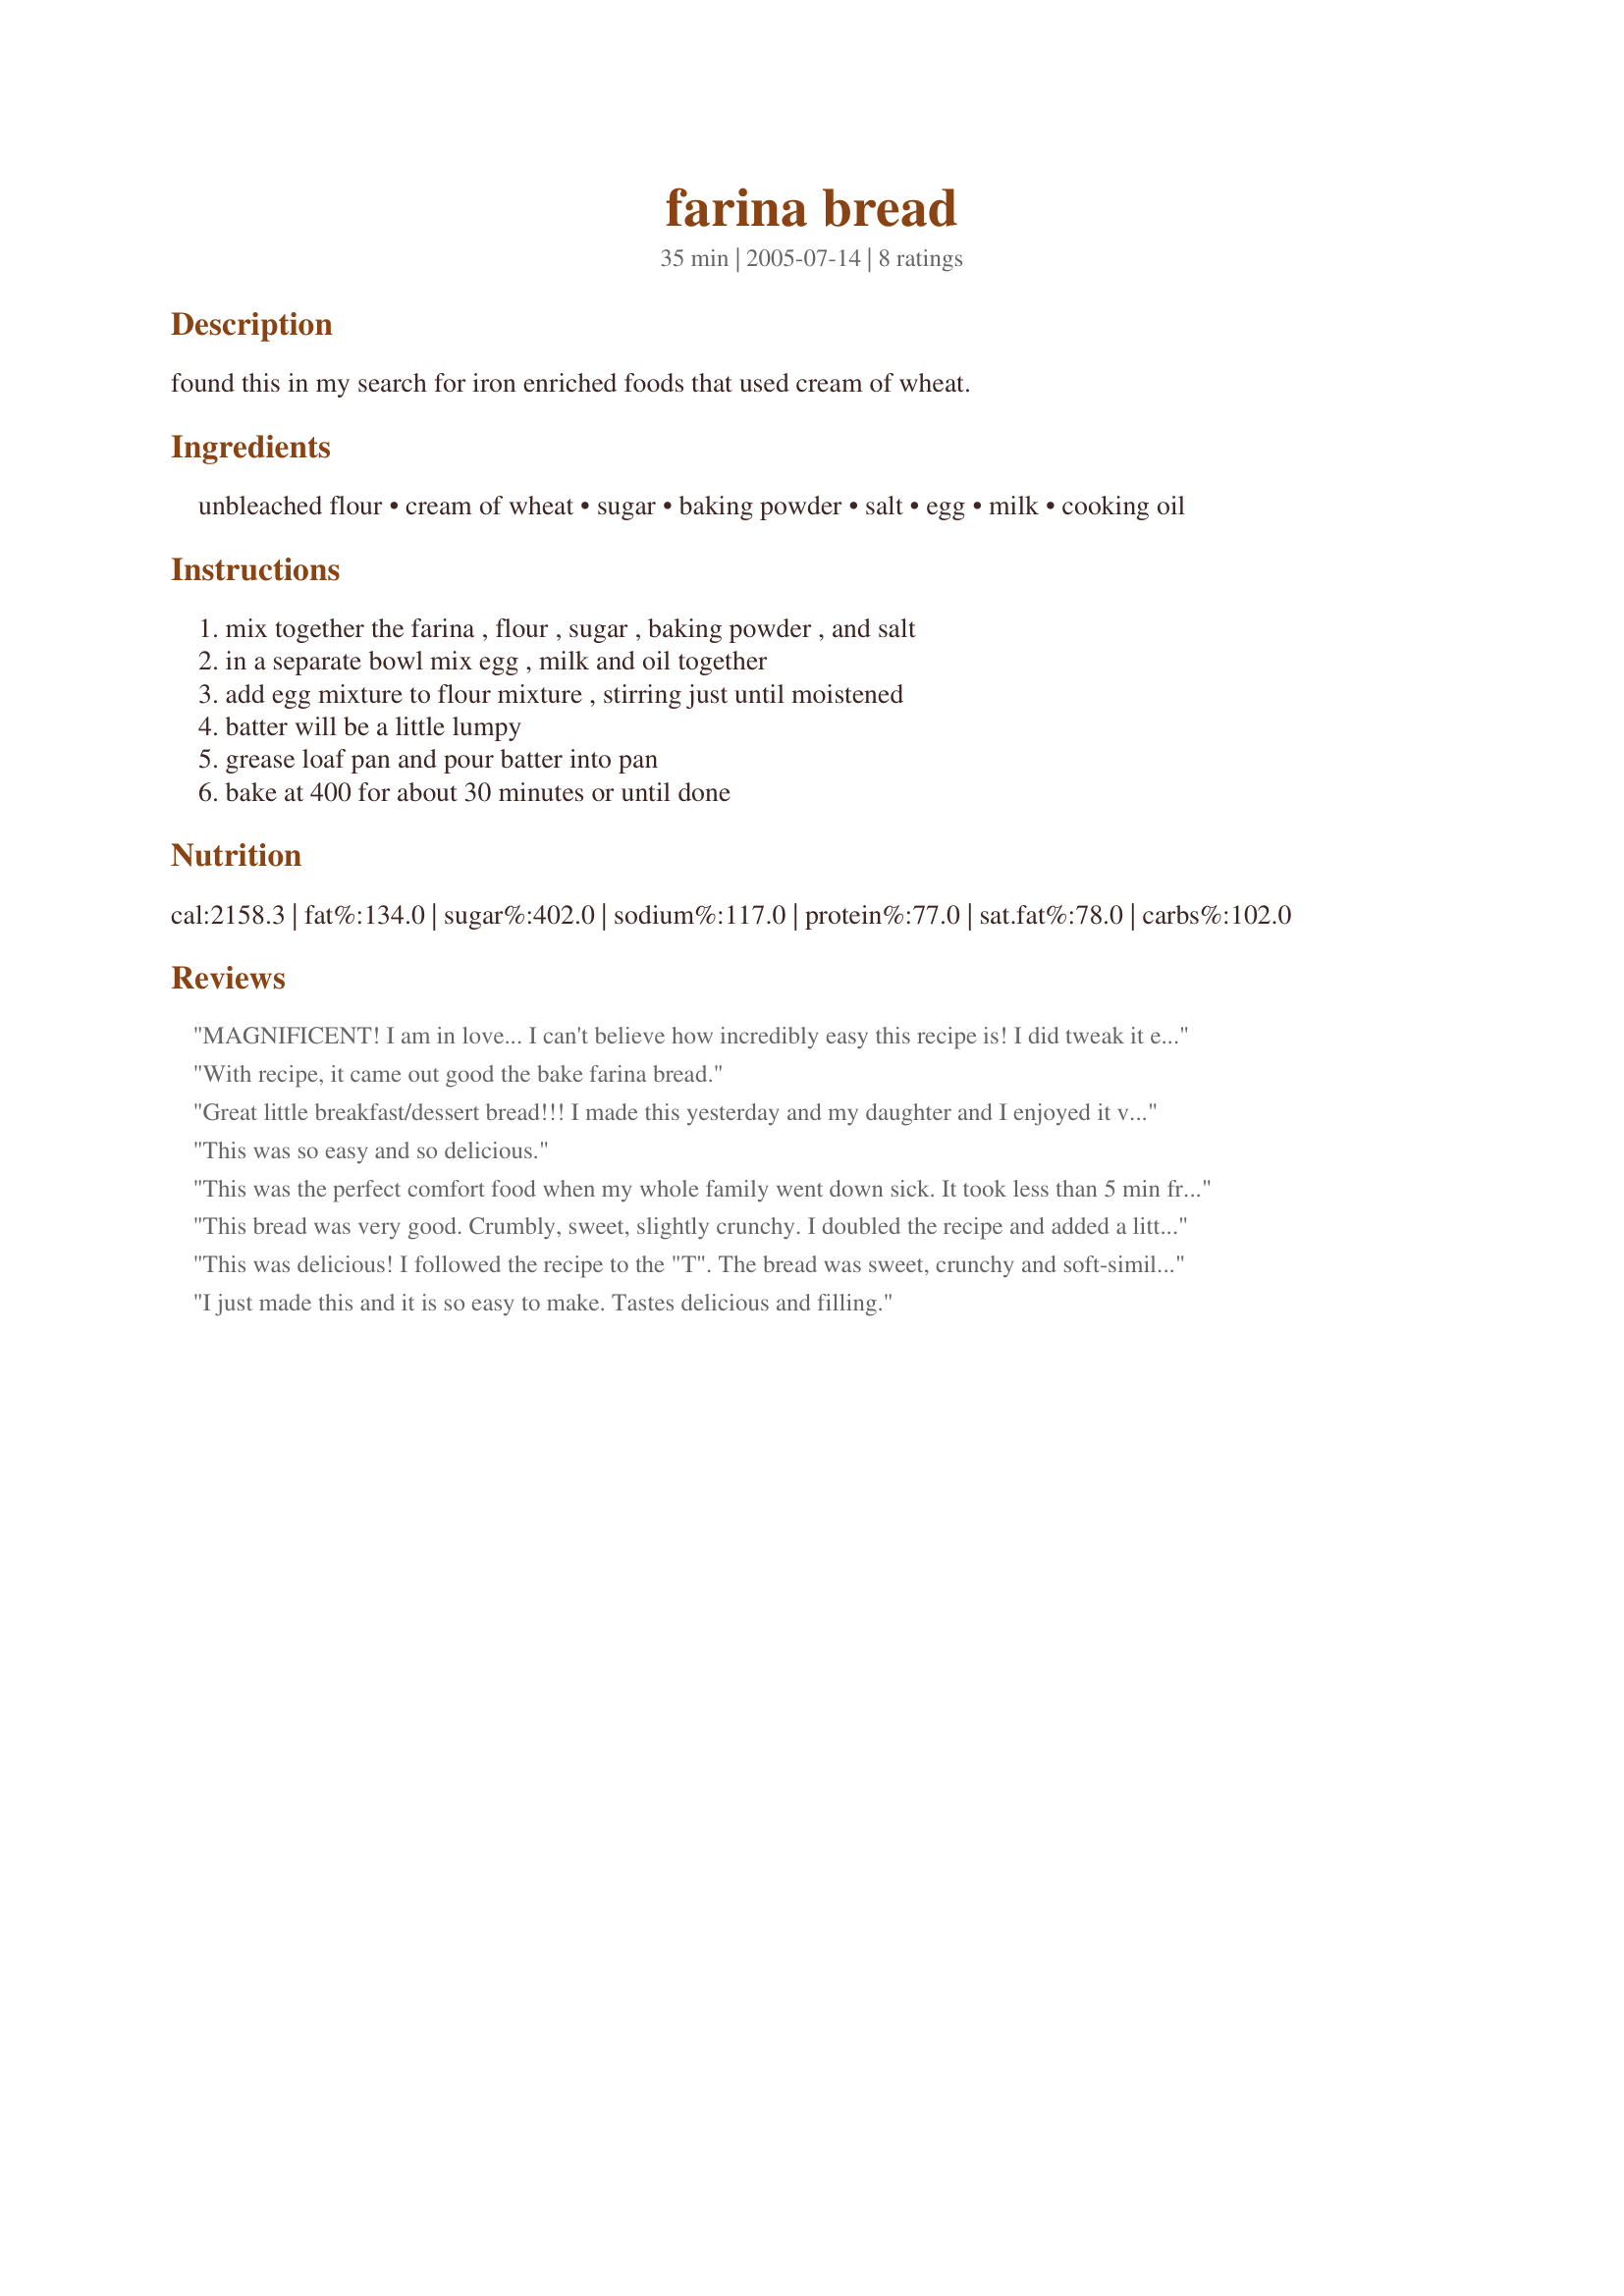
farina bread
Preparation time: 35 minutes

found this in my search for iron enriched foods that used cream of wheat.

Ingredients:
unbleached flour, cream of wheat, sugar, baking powder, salt, egg, milk, cooking oil

Steps:
mix together the farina , flour , sugar , baking powder , and salt, in a separate bowl mix egg , milk and oil together, add egg mixture to flour mixture , stirring just until moistened, batter will be a little lumpy, grease loaf pan and pour batter into pan, bake at 400 for about 30 minutes or until done

Reviews:
MAGNIFICENT! I am in love... I can't believe how incredibly easy this recipe is! I did tweak it ever so slightly, replacing all of the oil with unsweetened apple sauce, reducing sugar by 1/8 cup, and adding a 1/2 teaspoon of cardamom (just because I love cardamom). Thank you Miss Diggy for this recipe :) It came out of the oven perfectly after exactly 30 minutes. The cream of wheat adds a nice crunch to it.
With recipe, it came out good the bake farina bread.
Great little breakfast/dessert bread!!! I made this yesterday and my daughter and I enjoyed it very much; my husband and son, not so much. In all fairness though, they don't like cream of wheat. This bread has a great texture and is just the right amount of sweet! It is best warm with some butter spread over it! The only deviation I made from the recipe was to add 1 teaspoon of vanilla to the batter. Very good, will definately make again!!!
This was so easy and so delicious.
This was the perfect comfort food when my whole family went down sick. It took less than 5 min from start to oven; even I could find enough energy for that. ;o) It has almost a coffee-cake type feel to it, just a little sweetness but not too much, and is wonderful when it's warm with just a bit of melted butter and a sprinkle of cinnamon. The kids are already asking when I'll make it again. Would be a great last minute breakfast or brunch addition, and I appreciate the high iron level, since that tends to be a concern around here. Thanks so much for posting!
This bread was very good. Crumbly, sweet, slightly crunchy. I doubled the recipe and added a little cinnamon and about 1/2 tsp of vanilla. This made 3 standard loaves. I'm giving it 4 out of 5 stars only because I wish it was a little more moist but it is very tasty and I would definitely recommend it!
This was delicious! I followed the recipe to the "T". The bread was sweet, crunchy and soft-similar to a corn bread. We had it for breakfast warm with butter and coffee..perfect!! In m next attempt, I increased the milk to one cup, and the sugar to 3/4 cup. I baked them in muffin tins at 350 for about 15 or 20 minutes (not really sure-just did it until I could smell them and they were golden brown). The were soft, still with the light gritty texture, and delicious. My kids love these, I love these, my man loves these. What a gem!
I just made this and it is so easy to make. Tastes delicious and filling.
